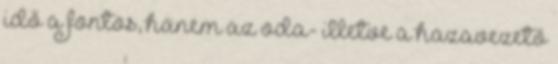
idő a fontos, hanem az oda- illetve a hazavezető